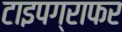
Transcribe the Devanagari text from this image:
टाइपग्राफर